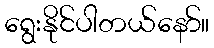
ရွေးနိုင်ပါတယ်နော်။